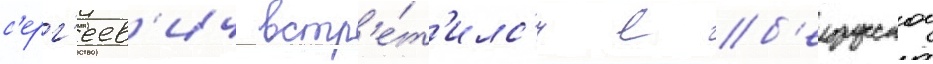
с'ерг'еев'ич встр'е́т'илс'я с б'елорусскои